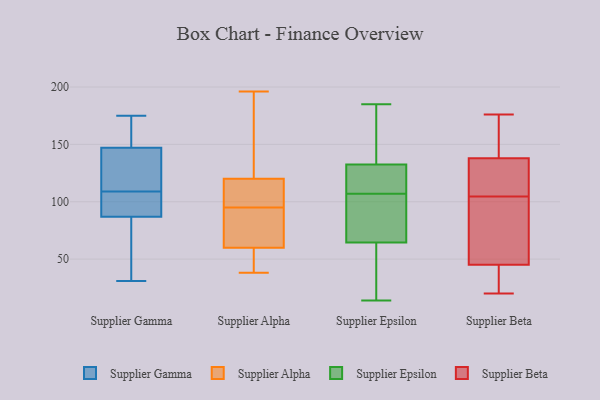
{"axis": {"x": "Shipments", "y": "Value"}, "legend": ["Supplier Alpha", "Supplier Beta", "Supplier Epsilon", "Supplier Gamma"], "data": [{"x": "", "y": 46, "type": "Supplier Gamma"}, {"x": "", "y": 105, "type": "Supplier Gamma"}, {"x": "", "y": 82, "type": "Supplier Gamma"}, {"x": "", "y": 147, "type": "Supplier Gamma"}, {"x": "", "y": 139, "type": "Supplier Gamma"}, {"x": "", "y": 175, "type": "Supplier Gamma"}, {"x": "", "y": 87, "type": "Supplier Gamma"}, {"x": "", "y": 94, "type": "Supplier Gamma"}, {"x": "", "y": 113, "type": "Supplier Gamma"}, {"x": "", "y": 96, "type": "Supplier Gamma"}, {"x": "", "y": 158, "type": "Supplier Gamma"}, {"x": "", "y": 31, "type": "Supplier Gamma"}, {"x": "", "y": 133, "type": "Supplier Gamma"}, {"x": "", "y": 149, "type": "Supplier Gamma"}, {"x": "", "y": 101, "type": "Supplier Alpha"}, {"x": "", "y": 180, "type": "Supplier Alpha"}, {"x": "", "y": 38, "type": "Supplier Alpha"}, {"x": "", "y": 115, "type": "Supplier Alpha"}, {"x": "", "y": 196, "type": "Supplier Alpha"}, {"x": "", "y": 76, "type": "Supplier Alpha"}, {"x": "", "y": 89, "type": "Supplier Alpha"}, {"x": "", "y": 112, "type": "Supplier Alpha"}, {"x": "", "y": 71, "type": "Supplier Alpha"}, {"x": "", "y": 125, "type": "Supplier Alpha"}, {"x": "", "y": 49, "type": "Supplier Alpha"}, {"x": "", "y": 45, "type": "Supplier Alpha"}, {"x": "", "y": 44, "type": "Supplier Epsilon"}, {"x": "", "y": 128, "type": "Supplier Epsilon"}, {"x": "", "y": 185, "type": "Supplier Epsilon"}, {"x": "", "y": 94, "type": "Supplier Epsilon"}, {"x": "", "y": 91, "type": "Supplier Epsilon"}, {"x": "", "y": 129, "type": "Supplier Epsilon"}, {"x": "", "y": 41, "type": "Supplier Epsilon"}, {"x": "", "y": 136, "type": "Supplier Epsilon"}, {"x": "", "y": 47, "type": "Supplier Epsilon"}, {"x": "", "y": 117, "type": "Supplier Epsilon"}, {"x": "", "y": 170, "type": "Supplier Epsilon"}, {"x": "", "y": 121, "type": "Supplier Epsilon"}, {"x": "", "y": 14, "type": "Supplier Epsilon"}, {"x": "", "y": 169, "type": "Supplier Epsilon"}, {"x": "", "y": 82, "type": "Supplier Epsilon"}, {"x": "", "y": 97, "type": "Supplier Epsilon"}, {"x": "", "y": 148, "type": "Supplier Beta"}, {"x": "", "y": 128, "type": "Supplier Beta"}, {"x": "", "y": 46, "type": "Supplier Beta"}, {"x": "", "y": 73, "type": "Supplier Beta"}, {"x": "", "y": 121, "type": "Supplier Beta"}, {"x": "", "y": 44, "type": "Supplier Beta"}, {"x": "", "y": 176, "type": "Supplier Beta"}, {"x": "", "y": 20, "type": "Supplier Beta"}, {"x": "", "y": 122, "type": "Supplier Beta"}, {"x": "", "y": 88, "type": "Supplier Beta"}, {"x": "", "y": 21, "type": "Supplier Beta"}, {"x": "", "y": 173, "type": "Supplier Beta"}]}